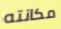
مكانته